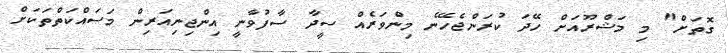
ގޮތަށް" މި މަޝްރޫއަށް ހޭދަ ކުރަންޖެހޭނެ މިންވަރެއް ސީދާ ސާފުވާނީ އިންޖިނިއަރިން މަސައްކަތްތަކަށް